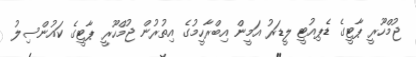
ޖުމްހޫރީ ޕާޓީގެ ޑެޕިއުޓީ ލީޑަރު އަމީން އިބްރާހީމުގެ އިތުރުން ޖުމްހޫރީ ޕާޓީގެ ކައުންސިލު